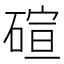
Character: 碹